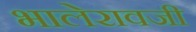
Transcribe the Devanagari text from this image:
भालेरावजी